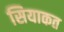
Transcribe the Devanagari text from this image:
सियाकत